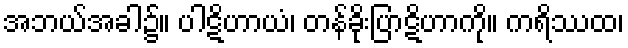
အဘယ်အခါ၌။ ပါဋိဟာယံ၊ တန်ခိုးပြာဋိဟာကို။ ကရိဿထ၊